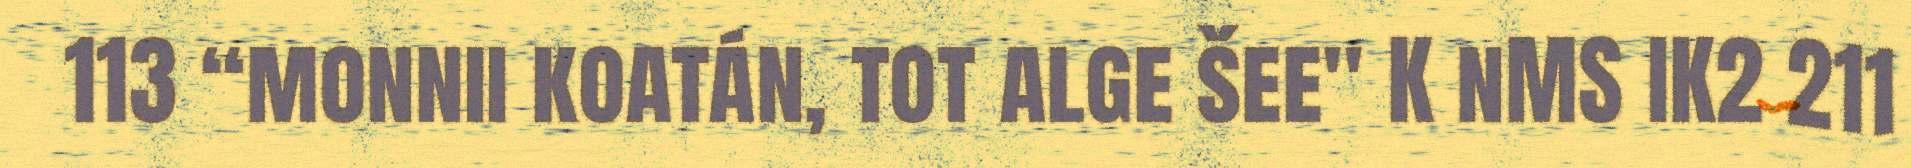
113 “monnii koatán, tot alge šee" K nMS IK2 211